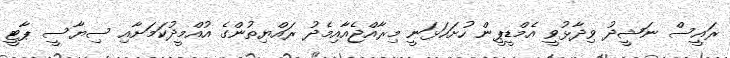
ރައީސް ނަޝީދު ވިދާޅުވީ އެމްޑީޕީން ހުށަހަޅަނީ މިރާއްޖެއާއިމެދު ރައްޔިތުންގެ އުއްމީދުކަމަށާއި ސިޔާސީ ޕާޓީ